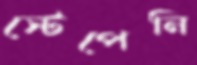
স্টেপেনি